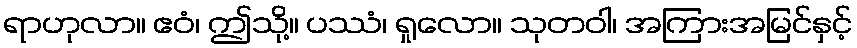
ရာဟုလာ။ ဧဝံ၊ ဤသို့။ ပဿံ၊ ရှုလော။ သုတဝါ၊ အကြားအမြင်နှင့်